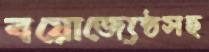
বয়োজ্যেষ্ঠসহ